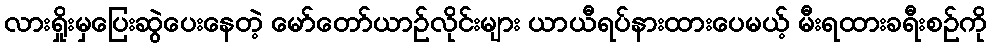
လားရှိုးမှပြေးဆွဲပေးနေတဲ့ မော်တော်ယာဉ်လိုင်းများ ယာယီရပ်နားထားပေမယ့် မီးရထားခရီးစဉ်ကို